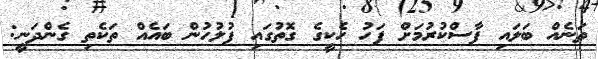
ތަނެއް ބަލައި ފާސްކުރުމަށް ފަހު ހެކީގެ ގޮތުގައި ފުލުހުން ބައެއް ތަކެތި ގެންދަނީ: